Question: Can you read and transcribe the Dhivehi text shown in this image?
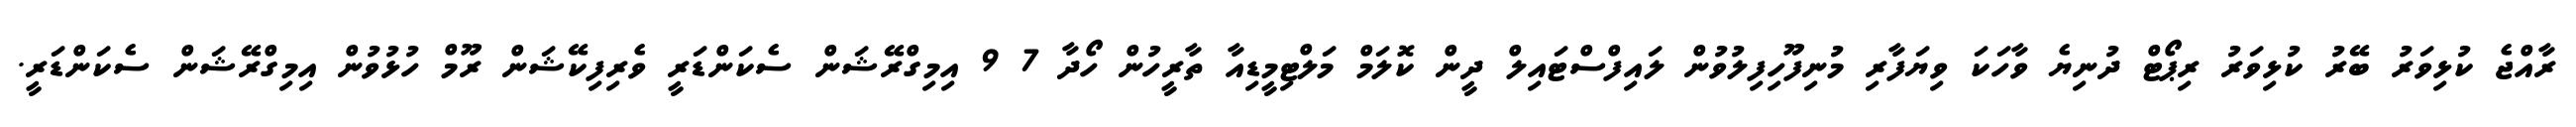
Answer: ރާއްޖެ ކުޅިވަރު ބޭރު ކުޅިވަރު ރިޕޯޓް ދުނިޔެ ވާހަކަ ވިޔަފާރި މުނިފޫހިފިލުވުން ލައިފްސްޓައިލް ދީން ކޮލަމް މަލްޓިމީޑިއާ ތާރީހުން ހޯދާ 7 9 އިމިގްރޭޝަން ސެކަންޑަރީ ވެރިފިކޭޝަން ރޫމް ހުޅުވުން އިމިގްރޭޝަން ސެކަންޑަރީ.